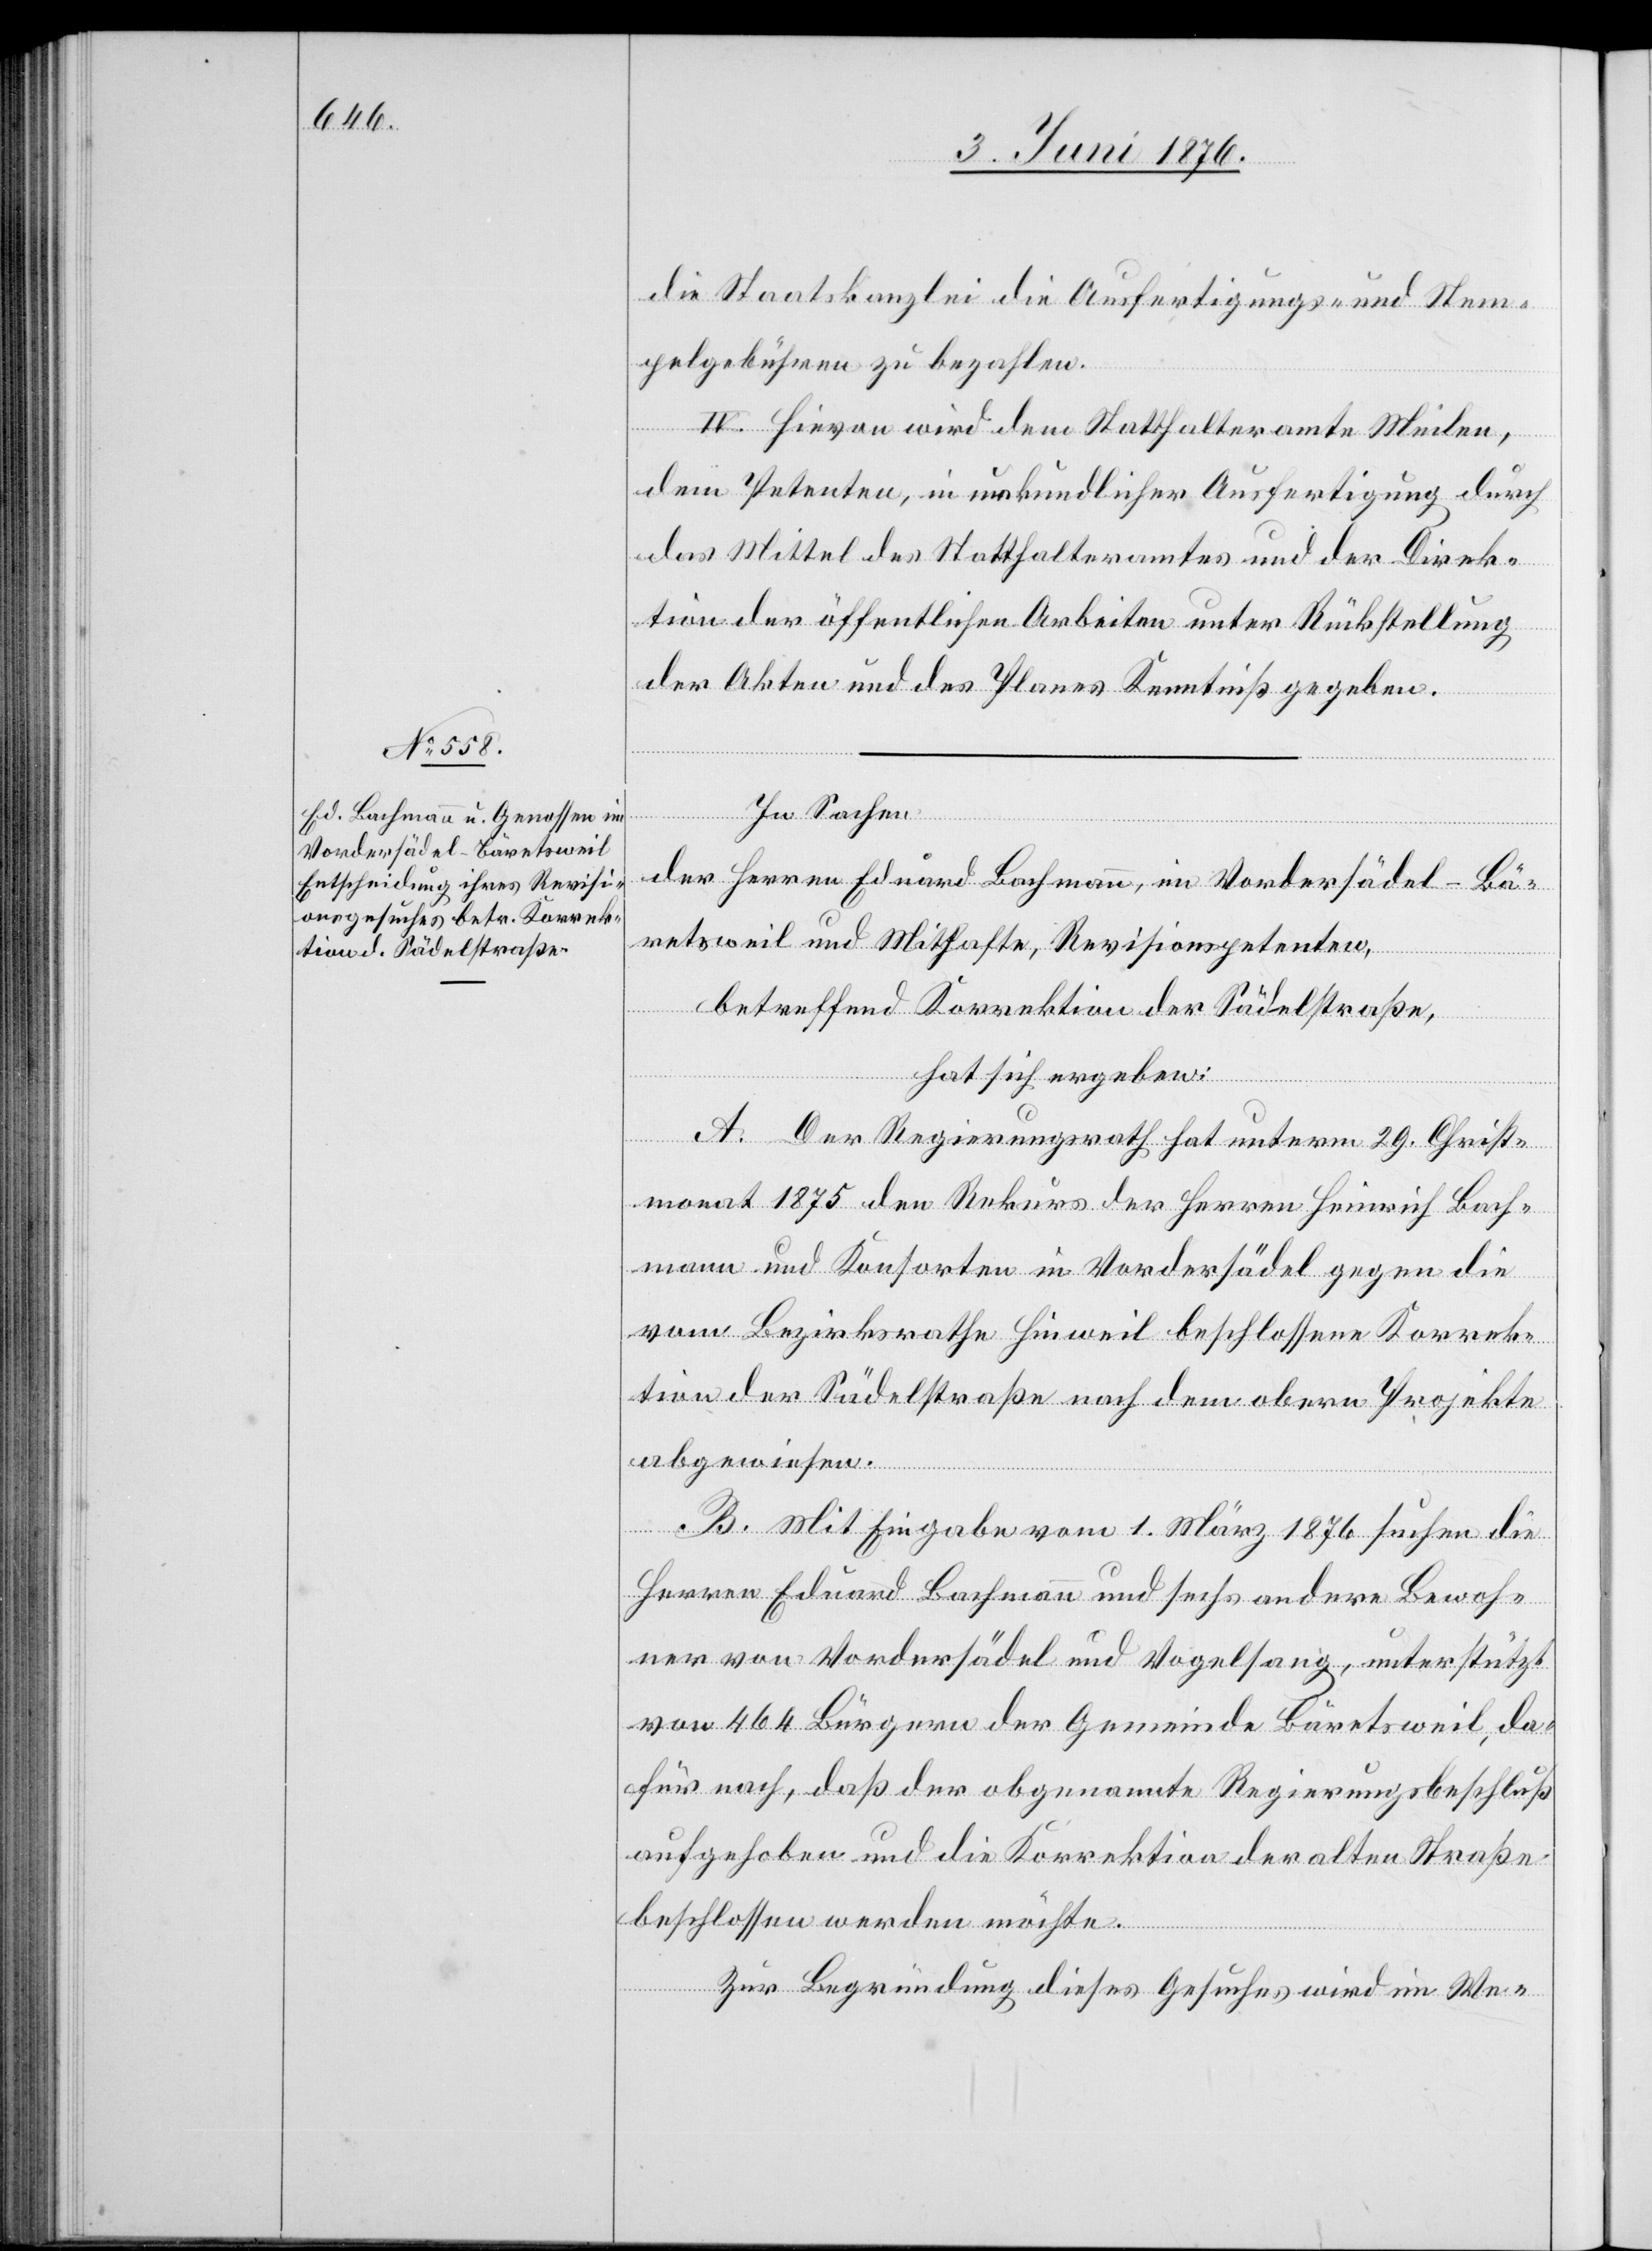
die Staatskanzlei die Ausfertigungs- und Stem¬
pelgebühren zu bezahlen.
IV. Hievon wird dem Statthalteramte Meilen,
dem Petenten, in urkundlicher Ausfertigung durch
das Mittel des Statthalteramtes und der Direk¬
tion der öffentlichen Arbeiten unter Rückstellung
der Akten und des Planes Kenntniß gegeben.
In Sachen
der Herren Eduard Bachmann, im Vordersädel - Bä¬
retsweil und Mithafte, Revisionspetenten,
betreffend Korrektion der Sädelstraße,
hat sich ergeben:
A. Der Regierungsrath hat unterm 29. Christ¬
monat 1875 den Rekurs der Herren Heinrich Bach¬
mann und Konsorten in Vordersädel gegen die
vom Bezirksrathe Hinweil beschlossene Korrek¬
tion der Sädelstraße nach dem obern Projekte
abgewiesen.
B. Mit Eingabe vom 1. März 1876 suchen die
Herren Eduard Bachmann und sechs andere Bewoh¬
ner von Vordersädel und Vogelsang, unterstützt
von 464 Bürgern der Gemeinde Bäretsweil, da¬
für nach, daß der obgenannte Regierungsbeschluß
aufgehoben und die Korrektion der alten Straße
beschlossen werden möchte.
Zur Begründung dieses Gesuches wird im We-